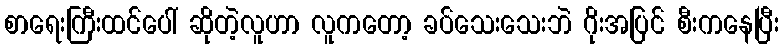
စာရေးကြီးထင်ပေါ် ဆိုတဲ့လူဟာ လူကတော့ ခပ်သေးသေးဘဲ ဂိုးအပြင် စီးကနေပြီး